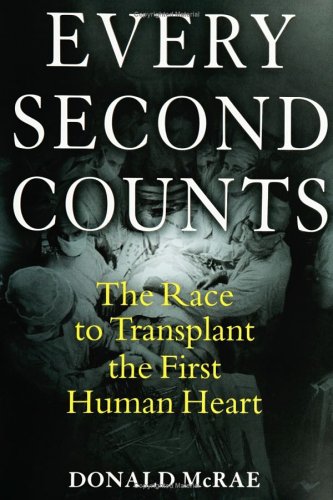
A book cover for Every Second Counts: The Race to Transplant the First Human Heart; Donald McRae; Health, Fitness & Dieting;